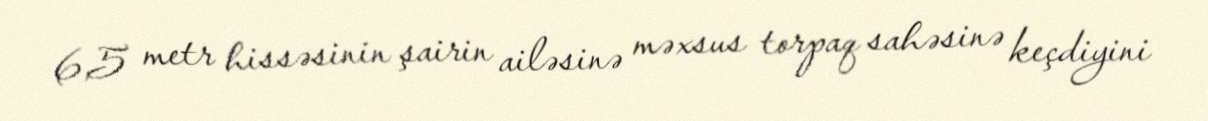
6,5 metr hissəsinin şairin ailəsinə məxsus torpaq sahəsinə keçdiyini